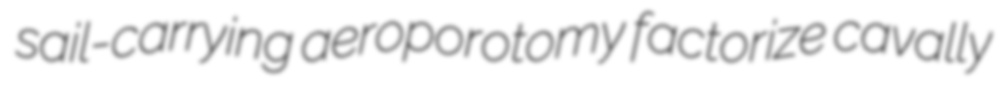
sail-carrying aeroporotomy factorize cavally